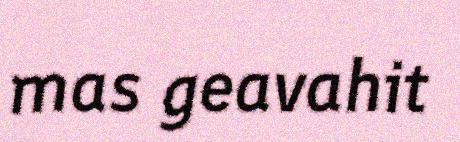
mas geavahit